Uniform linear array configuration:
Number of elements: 8
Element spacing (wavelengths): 1
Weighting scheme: binomial
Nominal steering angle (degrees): -45
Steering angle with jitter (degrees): -45.287
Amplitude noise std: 0.05
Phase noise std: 0.05

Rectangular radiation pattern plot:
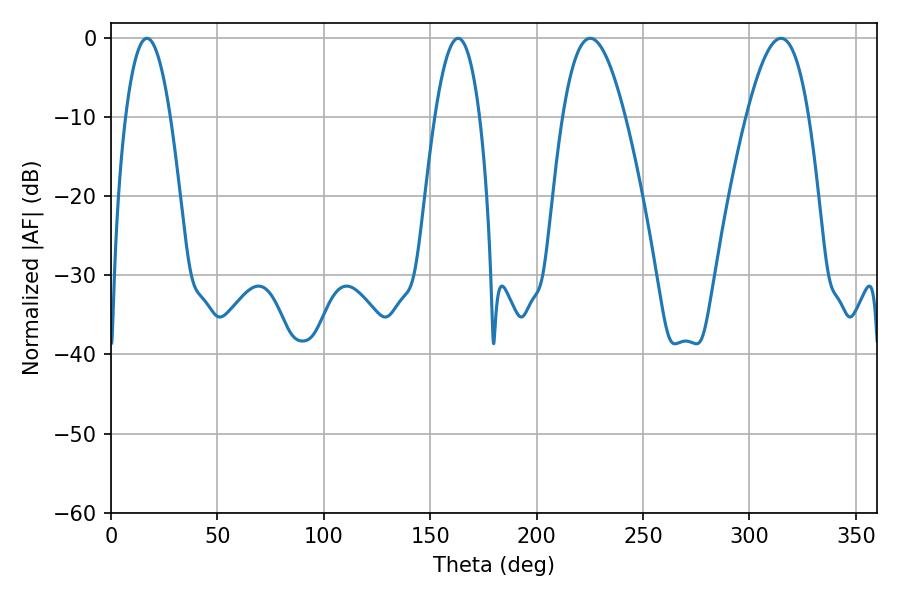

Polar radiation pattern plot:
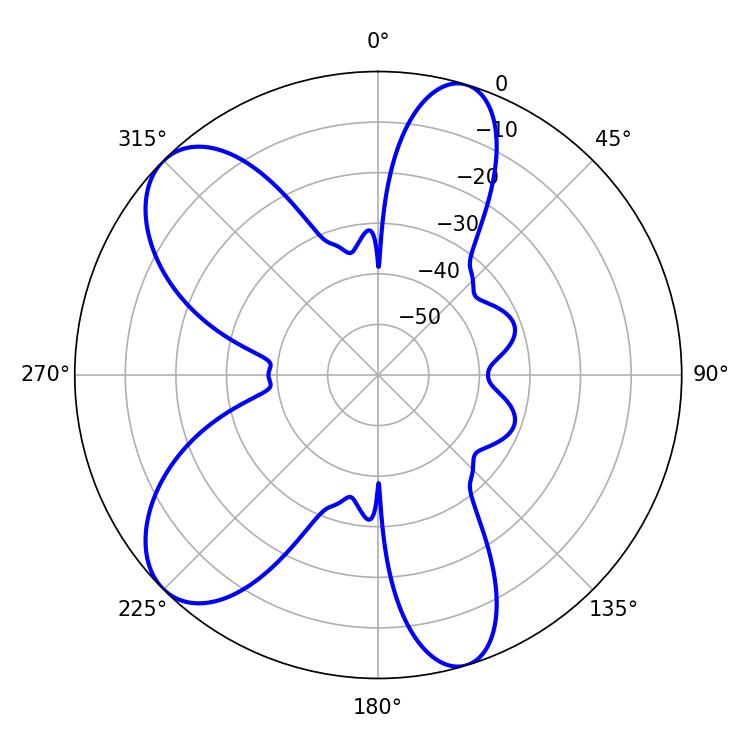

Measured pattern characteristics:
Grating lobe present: TRUE
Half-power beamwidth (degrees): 15.84
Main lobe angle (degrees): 314.82